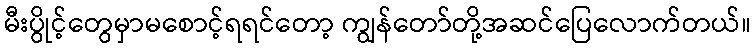
မီးပွိုင့်တွေမှာမစောင့်ရရင်တော့ ကျွန်တော်တို့အဆင်ပြေလောက်တယ်။